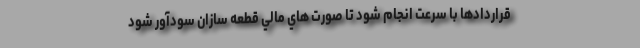
قراردادها با سرعت انجام شود تا صورت هاي مالي قطعه سازان سودآور شود